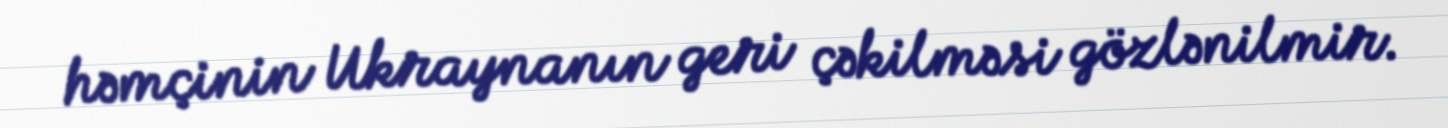
həmçinin Ukraynanın geri çəkilməsi gözlənilmir.